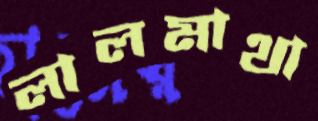
লালমাথা